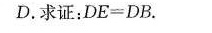
D.求证：$$D E = D B$$。